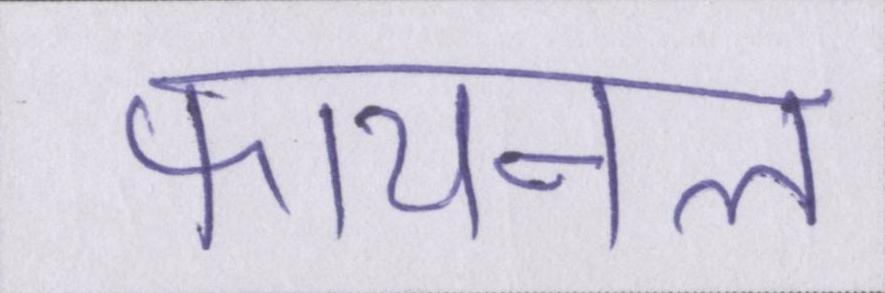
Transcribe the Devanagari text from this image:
फायनल